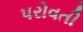
પરોવતી